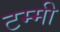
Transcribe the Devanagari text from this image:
टम्मी